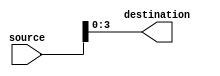
module bit_select_assign (
    input [7:0] source,
    output [3:0] destination
);

assign destination = source[3:0];

endmodule